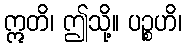
ဣတိ၊ ဤသို့။ ပဉ္စဟိ၊